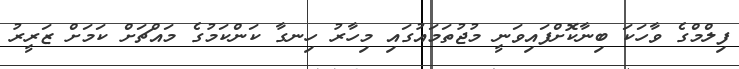
ފިލްމްގެ ވާހަކަ ބިނާކޮށްފައިވަނީ މުޖުތަމައުގައި މިހާރު ހިނގާ ކަންކަމުގެ މައްޗަށް ކަމަށް ޒަރީރު